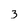
Character: 3